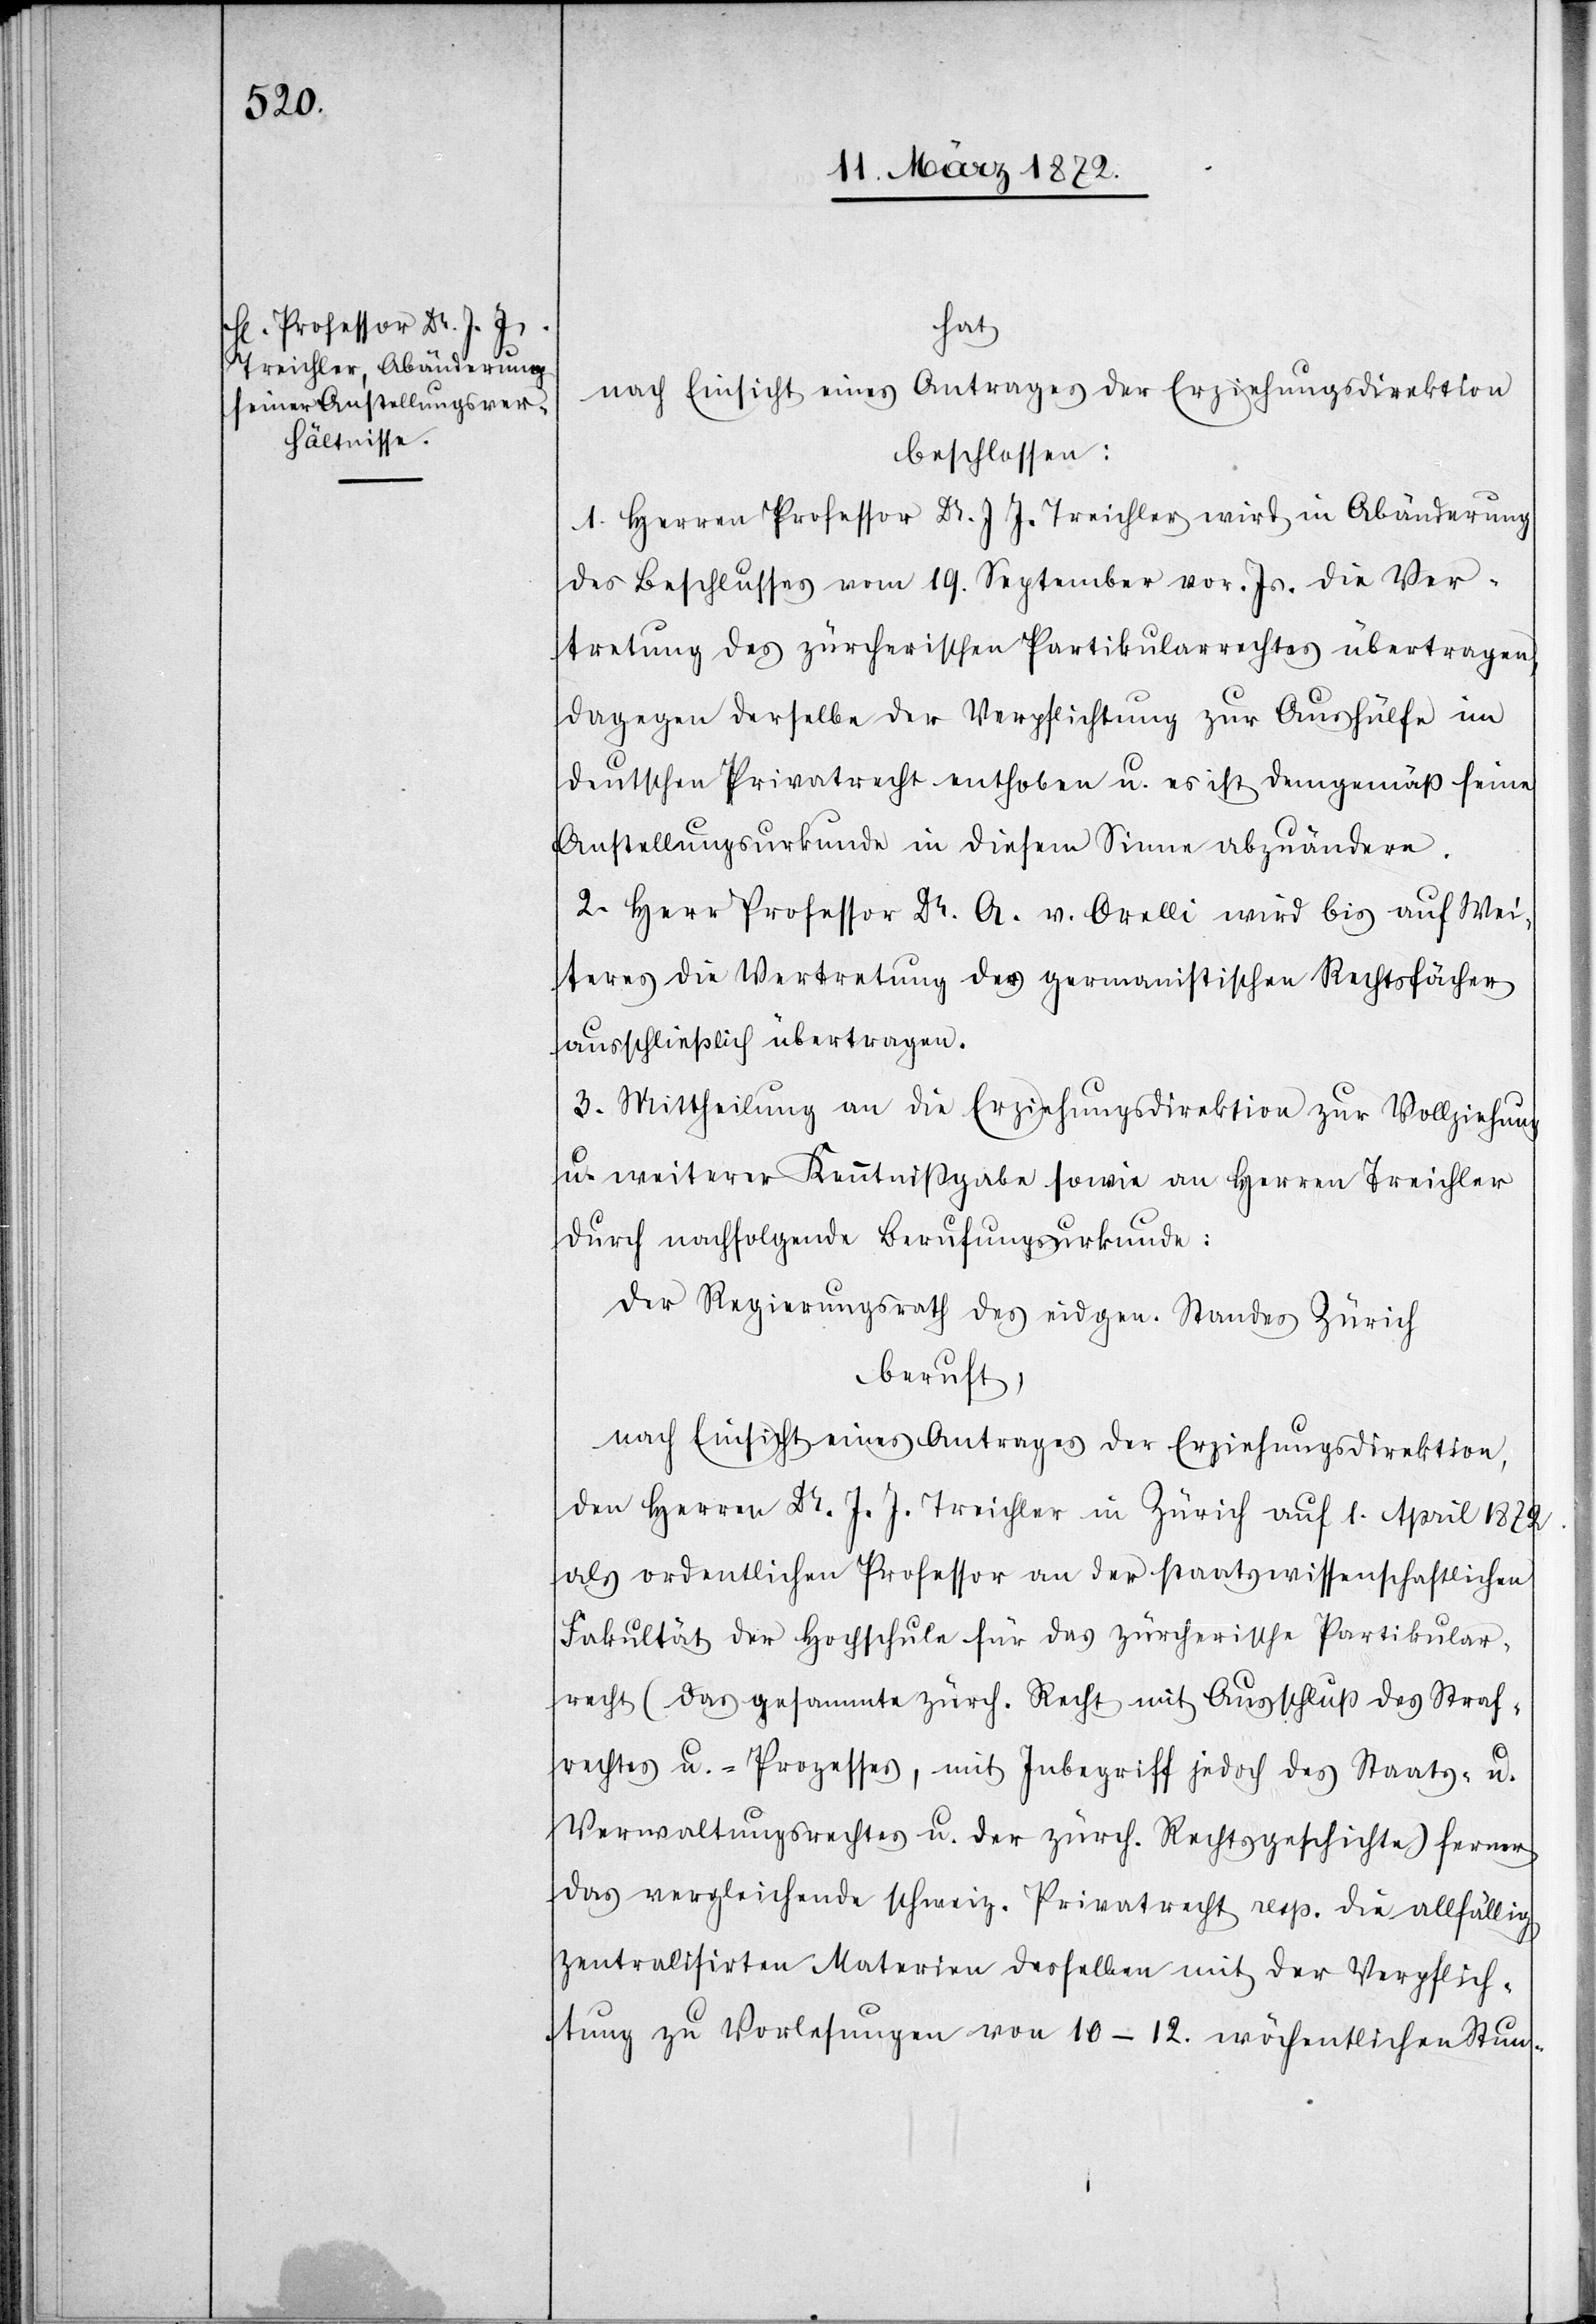
hat
nach Einsicht eines Antrages der Erziehungsdirektion
beschlossen:
1. Herren Professor Dr. J. J. Treichler wird in Abänderung
des Beschlusses vom 19. September vor. Js. die Ver¬
tretung des zürcherischen Partikularrechtes übertragen,
dagegen derselbe der Verpflichtung zur Aushülfe im
deutschen Privatrecht enthoben u. es ist demgemäß seine
Anstellungsurkunde in diesem Sinne abzuändern.
2. Herr Professor Dr. A. v. Orelli wird bis auf Wei¬
teres die Vertretung der germanistischen Rechtsfächer
ausschließlich übertragen.
3. Mittheilung an die Erziehungsdirektion zu Vollziehung
u. weiterer Kenntnißgabe sowie an Herren Treichler
durch nachfolgende Berufungsurkunde:
Der Regierungsrath des eidgen. Standes Zürich
beruft,
nach Einsicht eines Antrages der Erziehungsdirektion,
den Herren Dr. J. J. Treichler in Zürich auf 1. April 1872.
als ordentlicher Professor an der staatswissenschaftlichen
Fakultät der Hochschule für das zürcherische Partikular¬
recht (das gesammte zürch. Recht mit Ausschluß des Straf¬
rechtes u. -Prozesses, mit Inbegriff jedoch des Staats- u.
Verwaltungsrechtes u. der zürch. Rechtsgeschichte) ferner
das vergleichende schweiz. Privatrecht resp. die allfällig
zentralisirten Materien desselben mit der Verpflich¬
tung zu Vorlesungen von 10–12. wöchentlichen Stun-